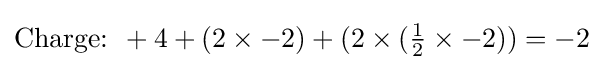
{\text{Charge:  }}+4+(2\times -2)+(2\times ({\tfrac {1}{2}}\times -2))=-2